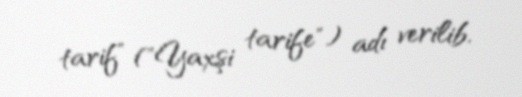
tarif" ("Yaxşi tarife") adı verilib.